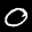
Label: 0